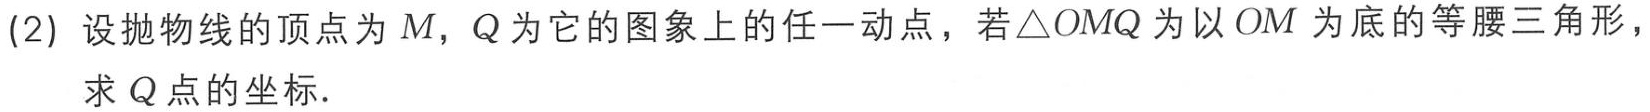
(2) 设抛物线的顶点为 \(M\)，\(Q\) 为它的图象上的任一动点，若\(\triangle  OMQ\) 为以 \(OM\) 为底的等腰三角形，求 \(Q\) 点的坐标.